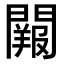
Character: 𨶔